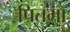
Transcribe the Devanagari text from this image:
पितमा